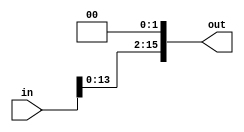
module SHIFT_LEFT_TWICE #(parameter WIDTH =16)
(
input  wire  [WIDTH-1:0]           in,
output reg   [WIDTH-1:0]           out 
);

 always @(*)
  begin
    out=in<<2;                                 
  end
endmodule